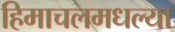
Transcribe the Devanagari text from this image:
हिमाचलमधल्या